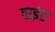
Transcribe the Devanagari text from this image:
वाइंड